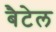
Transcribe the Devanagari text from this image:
बैटेल